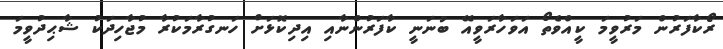
ރޯކާފަރުން މަރުވީމަ ކީއްވެތޯ އަވަހާރަވީއޭ ބުނަނީ ކާފަރުންނާއި އިދިކޮޅަށް ހަނގުރާމަކުރާ މުޖާހިދަކު ޝާޙިދުވީމަ